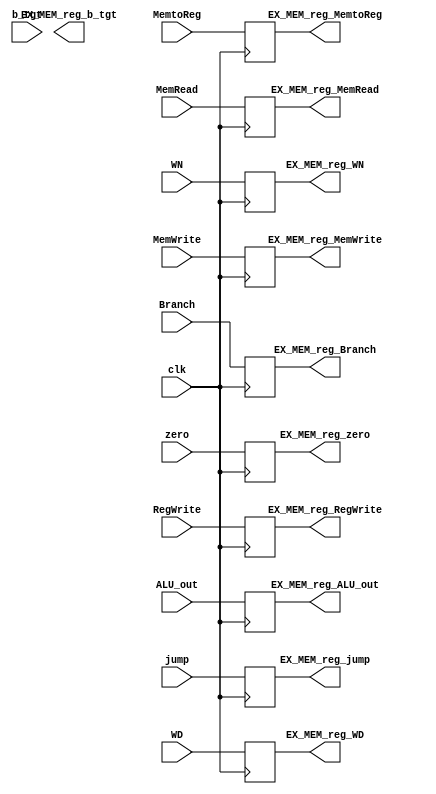
module EX_MEM( clk, zero, Branch, MemWrite, MemRead, MemtoReg, RegWrite, jump, ALU_out, WD, WN, b_tgt,
				EX_MEM_reg_zero, EX_MEM_reg_Branch, EX_MEM_reg_MemWrite, EX_MEM_reg_MemRead, EX_MEM_reg_MemtoReg,
				EX_MEM_reg_RegWrite, EX_MEM_reg_ALU_out, EX_MEM_reg_WD, EX_MEM_reg_WN, EX_MEM_reg_b_tgt, EX_MEM_reg_jump );
				
	input clk, zero, Branch, MemRead, MemWrite, MemtoReg, RegWrite, jump;
	input [31:0] ALU_out;
	input [31:0] WD;
	input [4:0] WN;
	input [31:0] b_tgt;
	
	output EX_MEM_reg_zero, EX_MEM_reg_Branch, EX_MEM_reg_MemRead, EX_MEM_reg_MemWrite, EX_MEM_reg_MemtoReg, EX_MEM_reg_RegWrite, EX_MEM_reg_jump;
	output [31:0] EX_MEM_reg_ALU_out;
	output [31:0] EX_MEM_reg_WD;
	output [4:0] EX_MEM_reg_WN;
	output [31:0] EX_MEM_reg_b_tgt;
	
	reg EX_MEM_reg_zero, EX_MEM_reg_Branch, EX_MEM_reg_MemRead, EX_MEM_reg_MemWrite, EX_MEM_reg_MemtoReg, EX_MEM_reg_RegWrite, EX_MEM_reg_jump;
	reg [31:0] EX_MEM_reg_ALU_out;
	reg [31:0] EX_MEM_reg_WD;	
	reg [4:0] EX_MEM_reg_WN;
	reg [31:0] EX_MEM_reg_b_tgt;
	
	always @( posedge clk ) begin

		EX_MEM_reg_jump <= jump;
		EX_MEM_reg_ALU_out <= ALU_out;
		EX_MEM_reg_Branch <= Branch;
		EX_MEM_reg_MemRead <= MemRead;
		EX_MEM_reg_MemWrite <= MemWrite;
		EX_MEM_reg_MemtoReg <= MemtoReg;
		EX_MEM_reg_RegWrite <= RegWrite;
		EX_MEM_reg_WD <= WD;
		EX_MEM_reg_WN <= WN;
		EX_MEM_reg_zero <= zero;

	end
	
endmodule